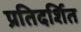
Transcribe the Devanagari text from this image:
प्रतिदर्शित